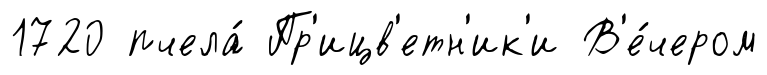
1720 пчела́ Пр'ицв'етн'ик'и В'е́чером